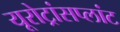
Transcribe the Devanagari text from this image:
यूरोट्रांसप्लांट